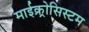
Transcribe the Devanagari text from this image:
माईक्र्रोसिस्टम